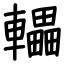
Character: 轠